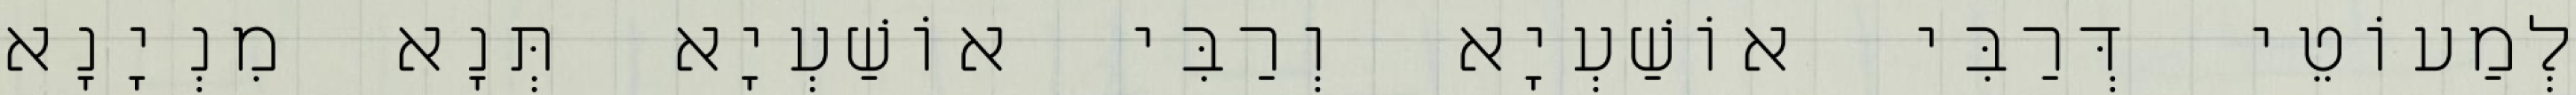
לְמַעוֹטֵי דְּרַבִּי אוֹשַׁעְיָא וְרַבִּי אוֹשַׁעְיָא תְּנָא מִנְיָנָא